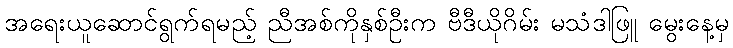
အရေးယူဆောင်ရွက်ရမည့် ညီအစ်ကိုနှစ်ဦးက ဗီဒီယိုဂိမ်း မသံဒါဖြူ မွေးနေ့မှ